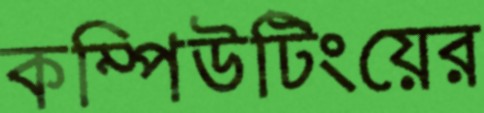
কম্পিউটিংয়ের